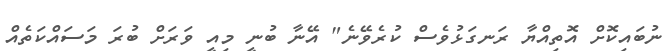
ނުބައިކޮށް އޮތިއްޔާ ރަނގަޅުވެސް ކުރެވޭނެ" އޭނާ ބުނީ މިއީ ވަރަށް ބުރަ މަސައްކަތެއް